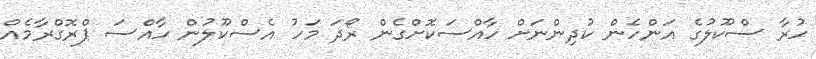
ހުރާ ސްކޫލުގެ އަންހެން ކުދިންނަށް ހާއްސަކޮށްގެން ރޯދަ މަހު އެސްކޫލުން ހާއްސަ ޕްރޮގްރާމެއް